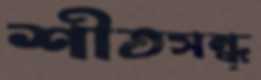
শীতসন্ধ্